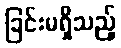
ခြင်းမရှိသည့်